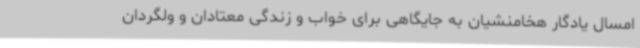
امسال یادگار هخامنشیان به جایگاهی برای خواب و زندگی معتادان و ولگردان